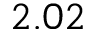
2 . 0 2